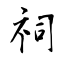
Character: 祠